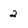
Character: 2